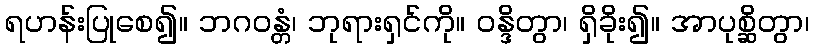
ရဟန်းပြုစေ၍။ ဘဂဝန္တံ၊ ဘုရားရှင်ကို။ ဝန္ဒိတွာ၊ ရှိခိုး၍။ အာပုစ္ဆိတွာ၊